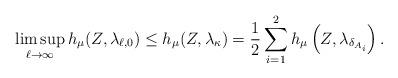
LaTeX: \begin{align*}\limsup_{\ell\to\infty}h_{\mu}(Z,\lambda_{\ell,0})\le h_{\mu}(Z,\lambda_{\kappa})=\frac{1}{2}\sum_{i=1}^{2}h_{\mu}\left(Z,\lambda_{\delta_{A_{i}}}\right).\end{align*}